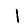
Digit: 1